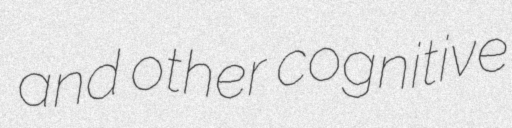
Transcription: and other cognitive